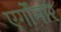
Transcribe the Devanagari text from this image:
एर्गोमार